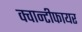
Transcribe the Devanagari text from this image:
क्वान्टीफायर